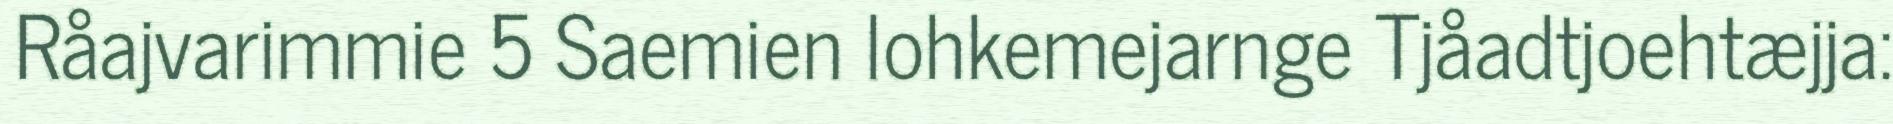
Råajvarimmie 5 Saemien lohkemejarnge Tjåadtjoehtæjja: